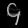
Digit: ၄